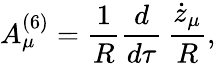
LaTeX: A_{\mu}^{(6)}={\frac{1}{R}}{\frac{d}{d\tau}}\, {\frac{\dot{z}_{\mu}}{R}},